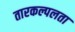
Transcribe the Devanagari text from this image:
तारकल्पलता